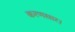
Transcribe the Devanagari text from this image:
करणसार।